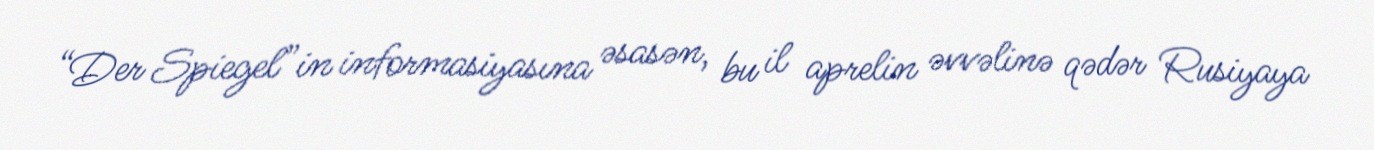
“Der Spiegel”in informasiyasına əsasən, bu il aprelin əvvəlinə qədər Rusiyaya